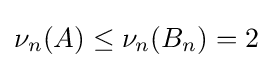
\nu _{n}(A)\leq \nu _{n}(B_{n})=2